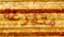
متفرغة